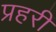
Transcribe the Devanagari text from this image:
प्रहरीं